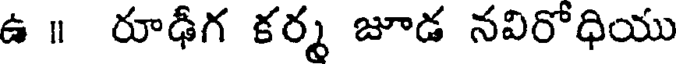
ఉ ॥ రూఢీగ కర్మ జూడ నవిరోధియు